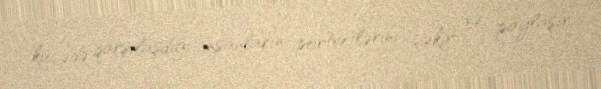
küçədə qarşılaşdığı insanların portretlərini çəkir və paylaşır.